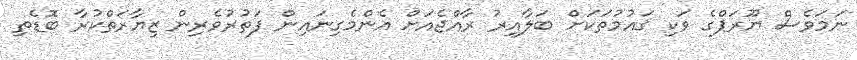
ނަމަވެސް ޔޫރަޕްގެ ވަކި ޤައުމުތަކަށް ބަލާއިރު ރާއްޖެއަށް އެންމެގިނައިން ފަތުރުވެރިން ޒިޔާރަތްކުރާ ބޮޑެތި